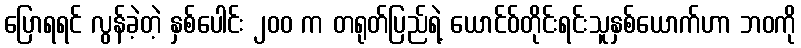
ပြောရရင် လွန်ခဲ့တဲ့ နှစ်ပေါင်း ၂၀၀ က တရုတ်ပြည်ရဲ့ ယောင်ဝ်တိုင်းရင်းသူနှစ်ယောက်ဟာ ဘဝကို